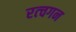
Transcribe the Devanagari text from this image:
रत्चगन